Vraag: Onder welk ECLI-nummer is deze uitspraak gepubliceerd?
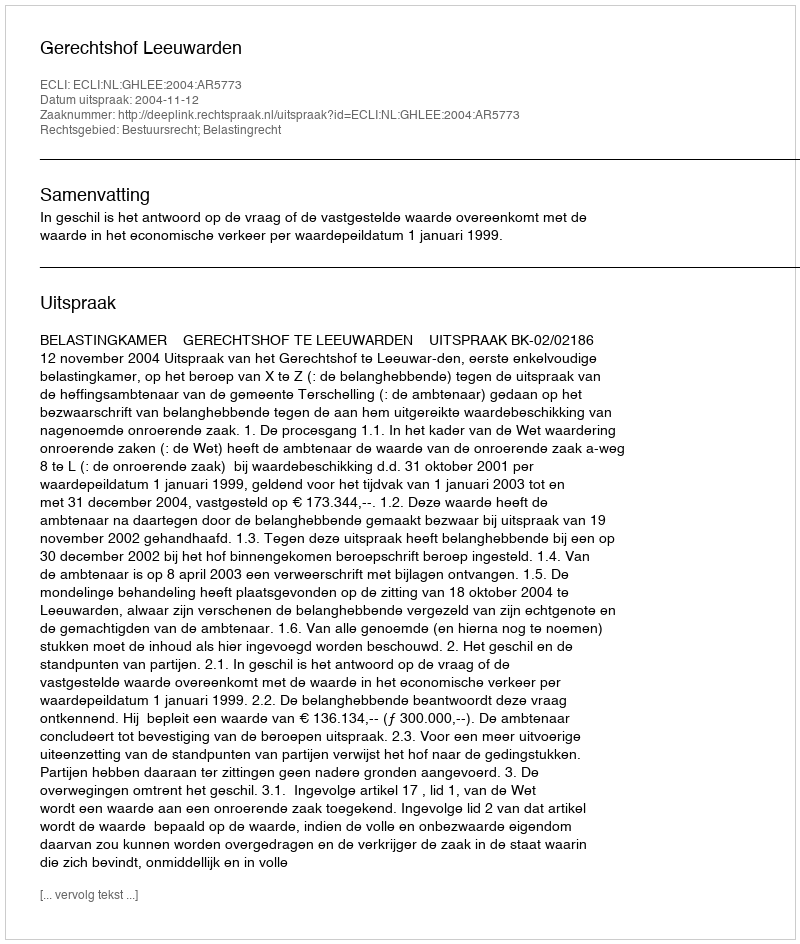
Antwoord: ECLI:NL:GHLEE:2004:AR5773